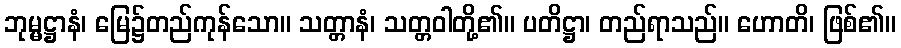
ဘုမ္မဋ္ဌာနံ၊ မြေ၌တည်ကုန်သော။ သတ္တာနံ၊ သတ္တဝါတို့၏။ ပတိဋ္ဌာ၊ တည်ရာသည်။ ဟောတိ၊ ဖြစ်၏။